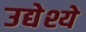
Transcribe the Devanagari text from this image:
उद्येश्ये